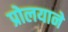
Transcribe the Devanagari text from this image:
प्रोलयाने